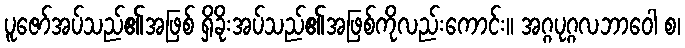
ပူဇော်အပ်သည်၏အဖြစ် ရှိခိုးအပ်သည်၏အဖြစ်ကိုလည်းကောင်း။ အဂ္ဂပုဂ္ဂလဘာဝေါ စ၊